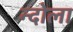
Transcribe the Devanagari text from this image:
न्दोला